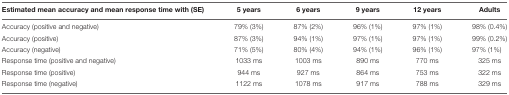
| Estimated mean accuracy and mean response time with (SE) | 5 years | 6 years | 9 years | 12 years | Adults |
 | --- | --- | --- | --- | --- | --- |
 | Accuracy (positive and negative) | 79% (3%) | 87% (2%) | 96% (1%) | 97% (1%) | 98% (0.4%) |
 | Accuracy (positive) | 87% (3%) | 94% (1%) | 97% (1%) | 97% (1%) | 99% (0.2%) |
 | Accuracy (negative) | 71% (5%) | 80% (4%) | 94% (1%) | 96% (1%) | 97% (1%) |
 | Response time (positive and negative) | 1033 ms | 1003 ms | 890 ms | 770 ms | 325 ms |
 | Response time (positive) | 944 ms | 927 ms | 864 ms | 753 ms | 322 ms |
 | Response time (negative) | 1122 ms | 1078 ms | 917 ms | 788 ms | 329 ms |